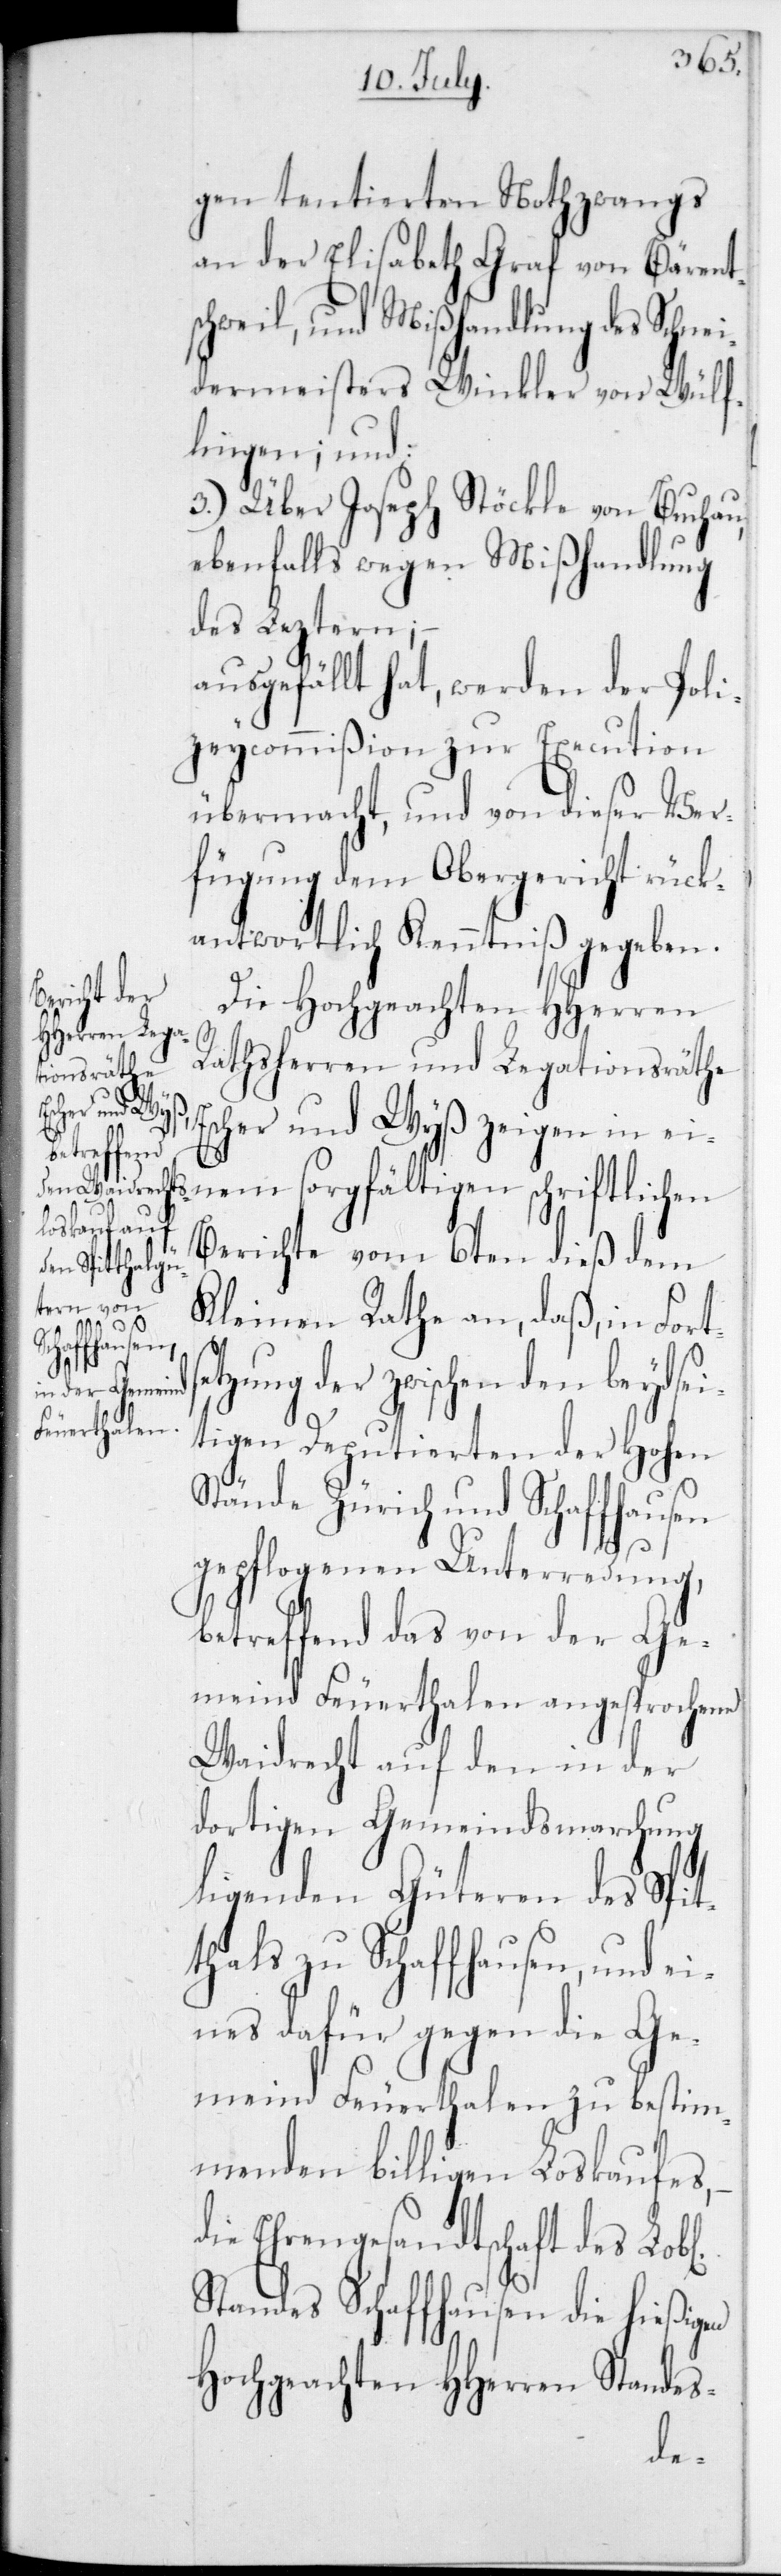
beydsei¬

gen tentierten Nothzwangs
an der Elisabeth Graf von Bärent¬
setzung der zwischen den
dermeisters Winkler von Wülf¬
lingen; und:
3.) Über Joseph Stöckle von Buchau,
ebenfalls wegen Mißhandlung
des Lezteren;
ausgefällt hat, werden der Poli¬
zeycommißion zur Execution
übermacht, und von dieser Ver¬
fügung dem Obergericht rück¬
antwortlich Kenntniß gegeben.
Die Hochgeachten HHerren
Rathsherren und Legationsräthe
Escher und Wyß zeigen in ei¬
nem sorgfältigen schriftlichen
Berichte vom 6ten dieß dem
Kleinen Rathe an, daß, in Fort¬
tigen Deputierten der Hohen
Stände Zürich und Schaffhausen
gepflogenen Unterredung,
betreffend das von der Ge¬
meind Feuerthalen angesprochene
Waidrecht auf den in der
dortigen Gemeindsmarchung
liegenden Güteren des Spit¬
thals zu Schaffhausen, und e¬
ines dafür gegen die Ge¬
meind Feuerthalen zu bestim¬
menden billigen Loskaufes,
die Ehrengesandtschaft des Lobl.
Standes Schaffhausen die hießigen
Hochgeachten HHerren Standes-